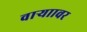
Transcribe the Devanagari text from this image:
वाऱ्याावर